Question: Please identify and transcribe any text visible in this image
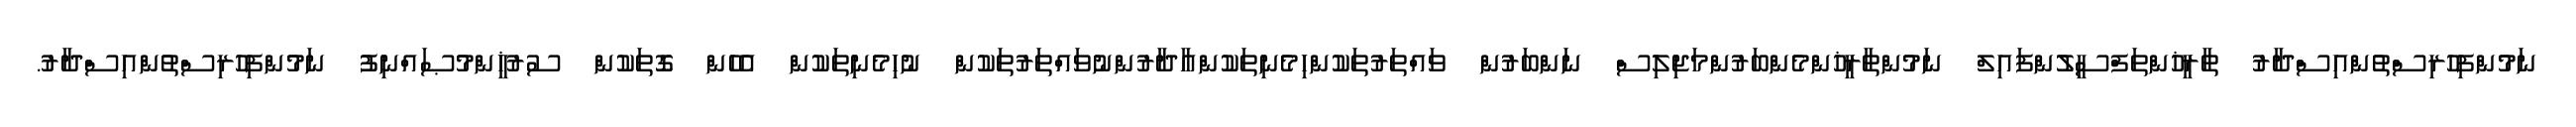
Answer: ނަމުންފިހުރިސްތުންއިސްދާރު ތާރީޚުންތަފްސީލުންފައިލް ނަމުންތާރީޚުންމެންބަރުންމަޖިލިސް ނަންބަރުން ވައްތަރުތަކުންހިމެނިތަކުންއާދާރުންނުވައްތަރުތަކުން ނުހިމެނިތަކުން އެހެން ގޮތަކުން ސުރުޚީންމުޞައްނިފު ނަމުންފިހުރިސްތުންއިސްދާރު.